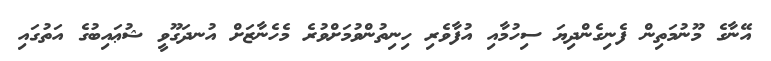
އޭނާގެ މޫނުމަތިން ފެނިގެންދިޔަ ސިހުމާއި އުފާވެރި ހިނިތުންވުމަށްވުރެ މެހެނާޒަށް އުނދަގޫވީ ޝުޢައިބުގެ އަތުގައި